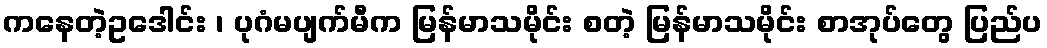
ကနေတဲ့ဥဒေါင်း ၊ ပုဂံမပျက်မီက မြန်မာသမိုင်း စတဲ့ မြန်မာသမိုင်း စာအုပ်တွေ ပြည်ပ